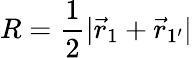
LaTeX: {R=\frac{1}{2}|\vec{r}_{1}+\vec{r}_{1^{\prime}}|}